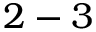
2 - 3